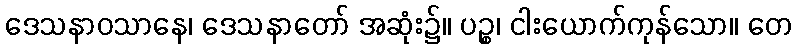
ဒေသနာဝသာနေ၊ ဒေသနာတော် အဆုံး၌။ ပဉ္စ၊ ငါးယောက်ကုန်သော။ တေ